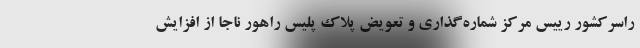
راسرکشور رییس مرکز شماره‌گذاری و تعویض پلاک پلیس راهور ناجا از افزایش